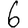
Digit: 6